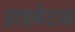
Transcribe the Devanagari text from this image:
प्राइवेटफ़